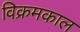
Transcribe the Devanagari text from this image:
विक्रमकाल